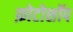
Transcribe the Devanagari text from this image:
फ़ोटोशॉप